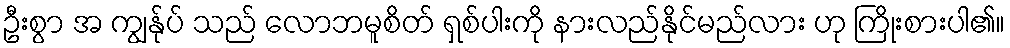
ဦးစွာ အ ကျွန်ုပ် သည် လောဘမူစိတ် ရှစ်ပါးကို နားလည်နိုင်မည်လား ဟု ကြိုးစားပါ၏။